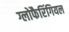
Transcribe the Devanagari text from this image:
ग्लोफैरिंगियल